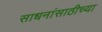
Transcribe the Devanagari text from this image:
साधनांसाठीच्या